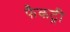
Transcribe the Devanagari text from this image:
फैकट्री